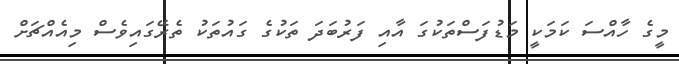
މީގެ ހާއްސަ ކަމަކީ މަޑުފަސްތަކުގަ އާއި ފަރުބަދަ ތަކުގެ ގައުތަކު ތެރޭގައިވެސް މިއެއްޗަށް